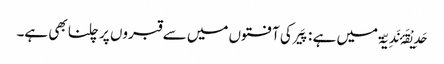
حَدِیْقَۂ نَدِیّۃ میں ہے : پَیر کی آفتوں میں سے قبروں پر چلنا بھی ہے۔